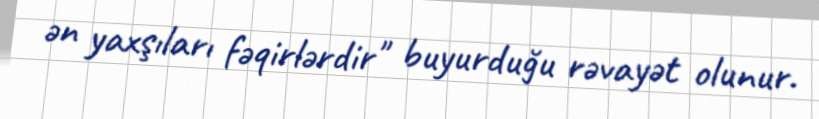
ən yaxşıları fəqirlərdir" buyurduğu rəvayət olunur.